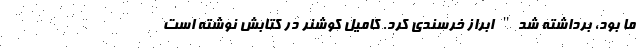
ما بود، برداشته شد" ابراز خرسندی کرد. کامیل کوشنر در کتابش نوشته است